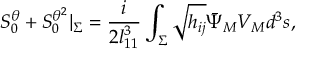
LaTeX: { \cal S } _ { 0 } ^ { \theta } + { \cal S } _ { 0 } ^ { \theta ^ { 2 } } | _ { \Sigma } = { \frac { i } { 2 l _ { 1 1 } ^ { 3 } } } \int _ { \Sigma } \sqrt { h _ { i j } } { \bar { \Psi } } _ { M } V _ { M } d ^ { 3 } s ,